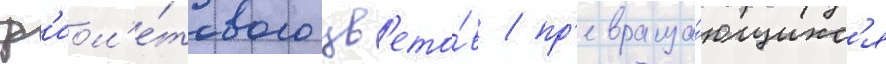
ф'иол'е́тового цв'ето́в / пр'евраща́ющихс'я